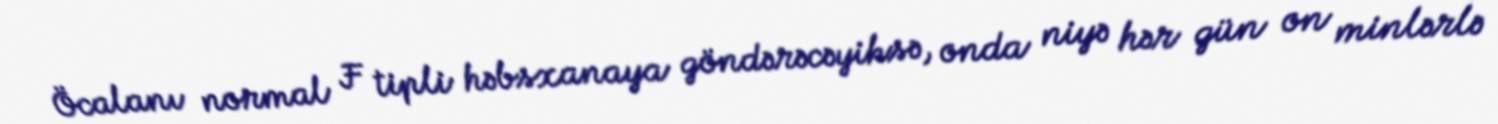
Öcalanı normal F tipli həbsxanaya göndərəcəyiksə, onda niyə hər gün on minlərlə